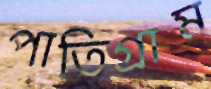
পাতিগ্রাম